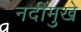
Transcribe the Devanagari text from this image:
नदीमुखे